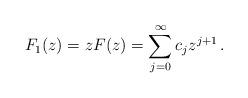
LaTeX: \begin{align*}F_1(z) = z F(z) = \sum_{j=0}^\infty c_j z^{j+1}\,.\end{align*}